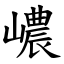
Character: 嶩